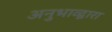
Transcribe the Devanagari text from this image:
अनुभाव्द्वारा